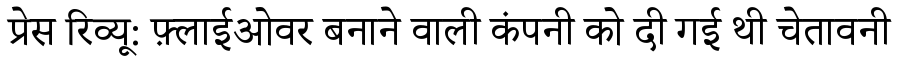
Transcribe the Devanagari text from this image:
प्रेस रिव्यू: फ़्लाईओवर बनाने वाली कंपनी को दी गई थी चेतावनी